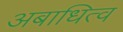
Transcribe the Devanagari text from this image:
अबाधित्व